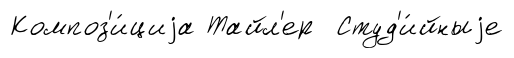
Композ'и́циjа Тайл'ер Студ'и́йныjе